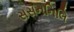
સસનનિલિ